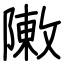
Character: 敶